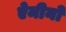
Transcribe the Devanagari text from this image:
ऐमीनो